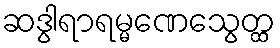
ဆဒွါရာရမ္မဏေသွေတ္ထ